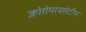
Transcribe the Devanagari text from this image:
क्लोरोमायसेटीन